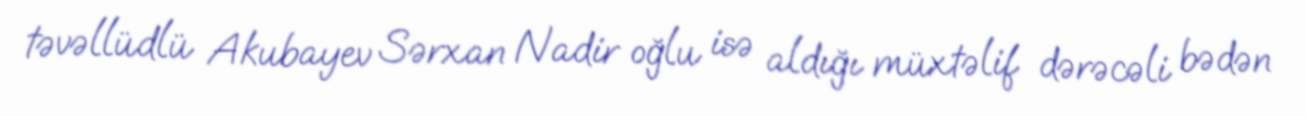
təvəllüdlü Akubayev Sərxan Nadir oğlu isə aldığı müxtəlif dərəcəli bədən